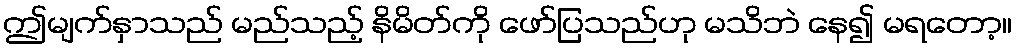
ဤမျက်နှာသည် မည်သည့် နိမိတ်ကို ဖော်ပြသည်ဟု မသိဘဲ နေ၍ မရတော့။